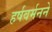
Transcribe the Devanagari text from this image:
हर्षवर्मनने